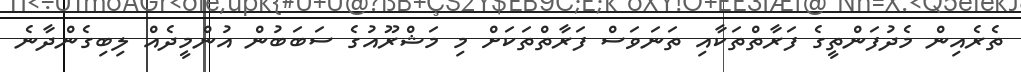
ތެރެއިން މެދުފަންތީގެ ފަރާތްތަކާއި ތަނަވަސް ފަރާތްތަކަށް މި މަޝްރޫއުގެ ސަބަބުން އުންމީދެއް ލިބިގެންދާނެ